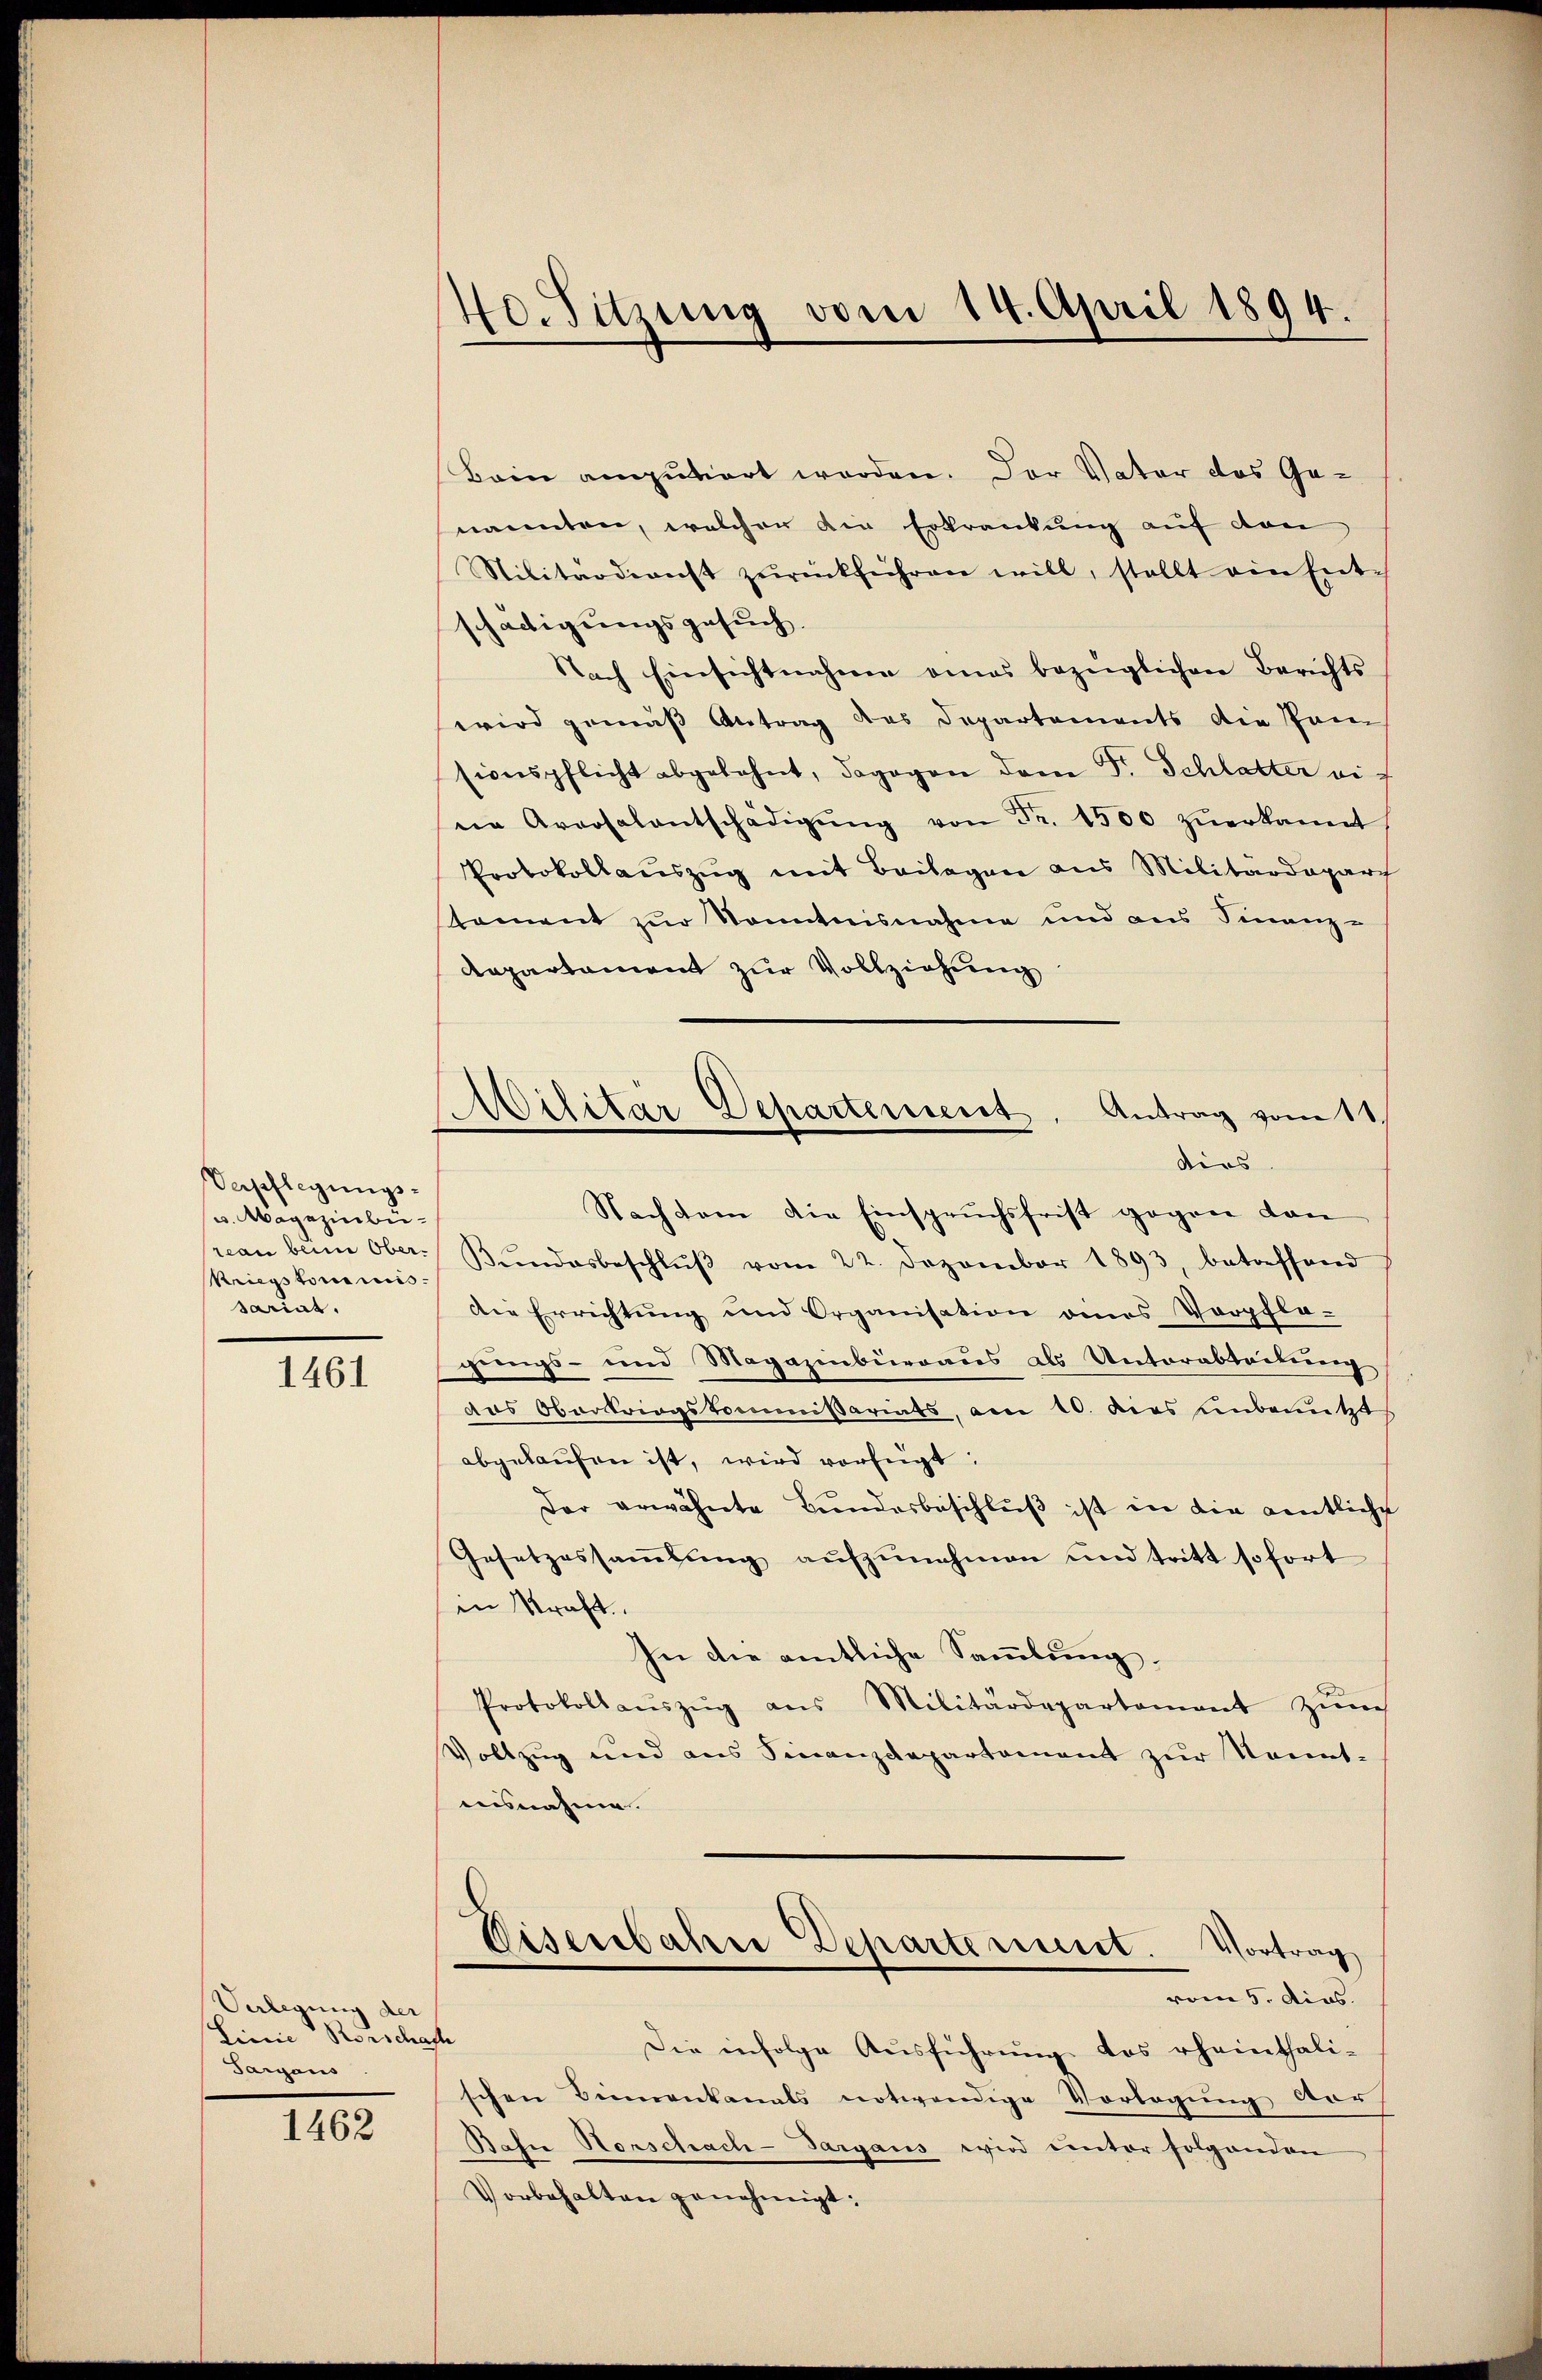
Verpflegungs-
u. Magazinbüreau beim Ober-
Kriegstomicis.
sariat,

1461

Verlegung der
Linie Rorscha
Sargaus

1462

40. Sitzung vom 14. April 1894.

Militar Departeisent. Antrag vom 11.
dies

Bain amputiert worden. Der Vater das Genannten, welcher die Erkrankung auf den
Nilitärdienst zŭrückführen will, stellt ein Ent-
schädigungsgesuch.
Nach Einsichtnahme eines bezüglichen Berichts
wird gemäß Antrag des Departements die Pan
sionspflicht abgelehnt, dagegen dem Fr. Schlatter eis
ne Aversalentschädigŭng von Fr. 1500 zŭerkannt
Protokollauszug mit Beilagen aus Militärdepart
stament zur Kenntnisnahme und aus Finanz-
Repartament zur Vollziehung
Nachdem die Einspruchsfrist gegen dan
Bŭndesbeschlŭβ vom 22. Dezember 1893, betreffend
die Errichtŭng und Organisation eines Verpfla-
grings- und Magazinbüreaus als Unterabteilung
das Obertriegskommißariats, am 10. dies unbenutzt
abgelaŭfen ist, wird vorfügt:
Der erwähnte Bŭndesbeschlŭβ ist in die entliche
Gesetzessaṁlŭng aŭfzŭnehmen und tritt sofort
in Kraft.
In die amtliche Sammlung.
Protokoll aŭszŭg ans Militärdepartement zŭm
Vollzug und aus Finanzdepartement zur Kennt-
ausnahme.
Wisenbahrer Departement. Vortrag
vom 5. dies.
de
Die infolge Ausführung des rheinthali-
schen Binnenkanals notwendige Vorlegung der
Kahn Horschach-Targaus wird einter folgenden
Vorbehalten genehmigt: